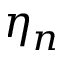
\eta _ { n }